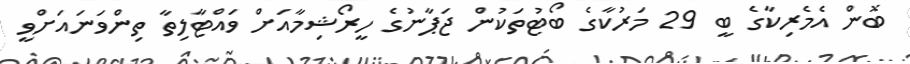
ބޮން އެމެރިކާގެ ބީ 29 މަރުކާގެ ބޯޓުތަކުން ޖަޕާނުގެ ހީރޯޝިމާއަށް ވައްޓާލިތާ ތިންވަނައަށްވީ